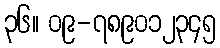
၃၆။ ၀၉-၇၈၉၀၁၂၃၄၅